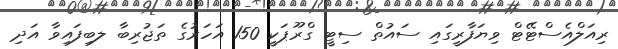
ރިއަލްއެސްޓޭޓް ވިޔަފާރީގައި ސައުތް ސިޓީ ގްރޫޕަކީ 150 އަހަރުގެ ތަޖުރިބާ ލބިފައިވާ އަދި